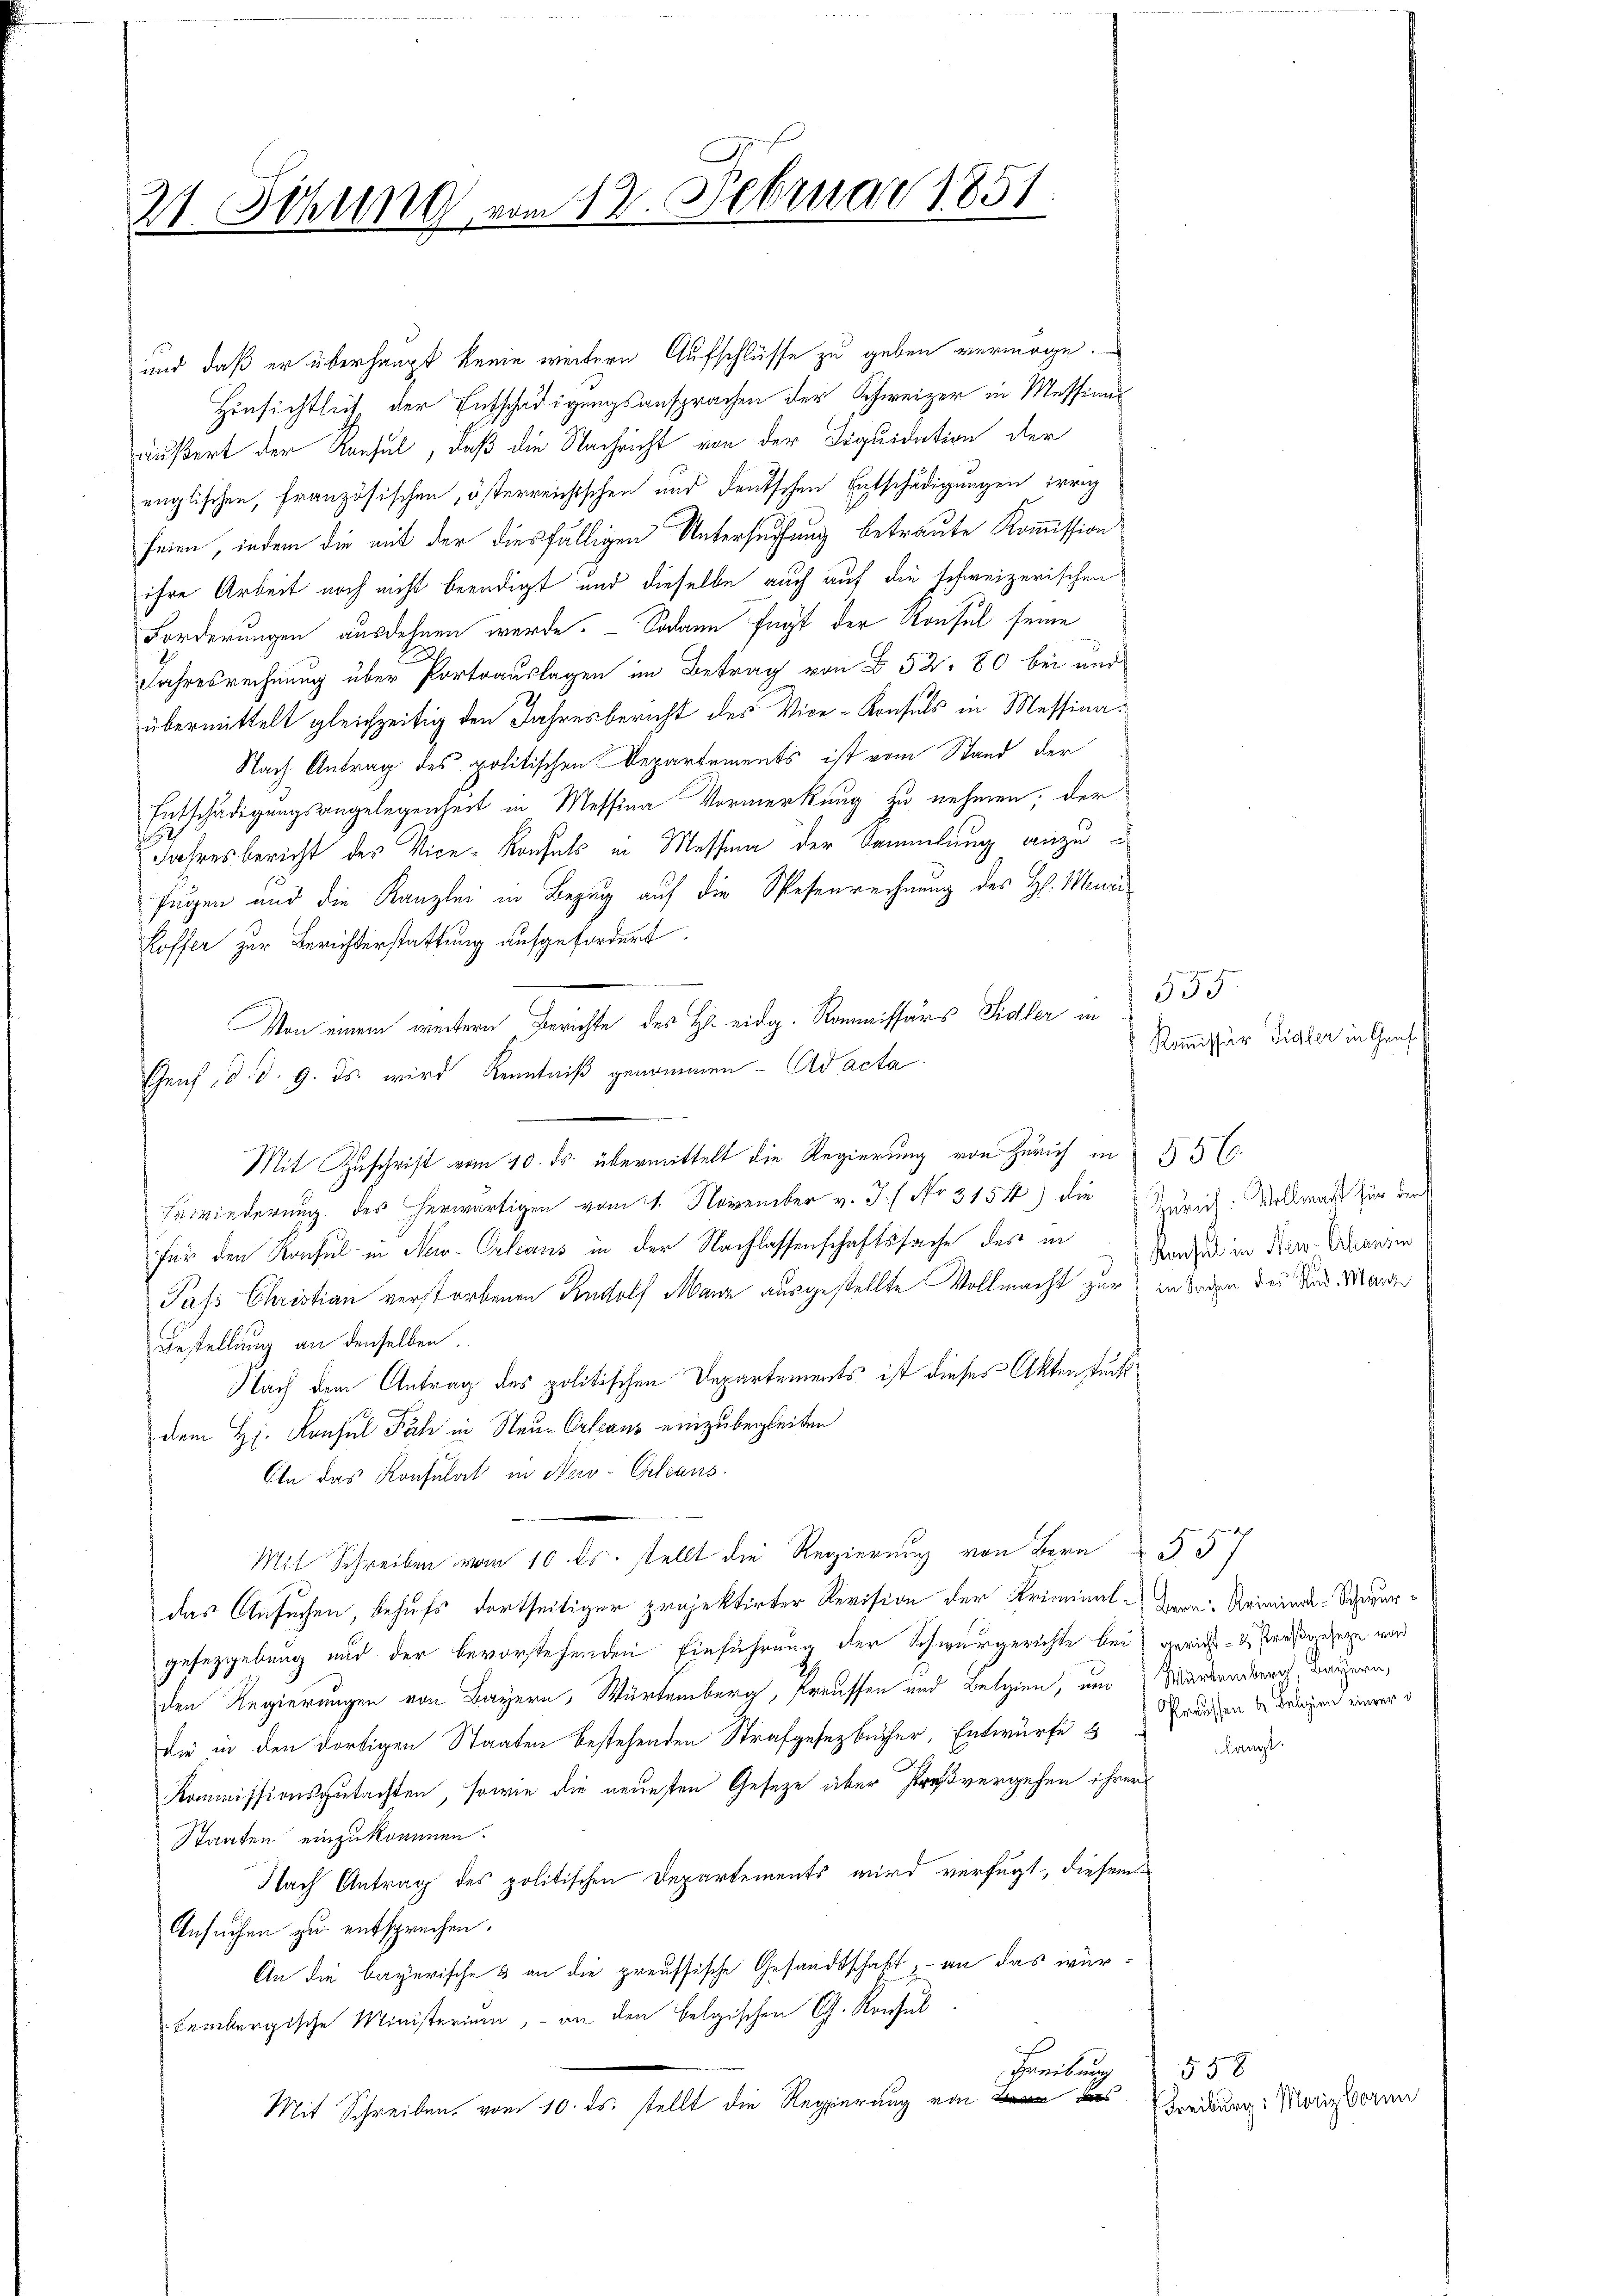
21. Othung vom 12. Februar 1851.

und daß er überhaupt keine weitern Aufschlüsse zu geben vermöge.
Hinsichtlich, der Entschädigungsansprachen der Schweizer in Messinns
äußert der Konsul, daß die Nachricht von der Liquidation der
englischen, französischen, österreichtschen und deutschen Entschädigungen irrig
seien, indem die mit der diesfälligen Untersuchung betraute Kommission
ihre Arbeit noch nicht beendigt und dieselbe auch auf die schweizerischen
Forderungen ausdehnen werde. Sodann fügt der Konsul seine
Jahresrechnung über Portoauslagen im Betrag von § 52. 80 bei und
übermittelt gleichzeitig den Jahresbericht des Vice-Konsuls in Messina¬
Nach Antrag des politischen Departements ist vom Stand der
Entschädigungsangelegenheit in Messina Vormerkung zu nehmen; der
6
Jahresbericht des Vice-Konfels in Messina der Sammlung anzufügen und die Kanzlei in Bezug auf die Spesenrechnung des H. Meuri
Koffer zur Berichterstattung aufgefordert.
Von einem weitern Berichte des H. eidg. Kommissärs Sidler in
Genf, d. d. 9. ds. wird Kenntniß genommen - acta
Mit Zuschrift vom 10. ds. übermittelt die Regierung von Zürich in § 5 (
Erwiederung des herwärtigen vom 1. November v. J. ( No 3154) die
für den Konsul in New-Orleaus in der Nachlassenschaftssache des in
Pass Christian verstorbenen Rudolf Manz ausgestellte Vollmacht zur in Baden der das Morde
Bestellung an denselben.
Nach dem Antrag des politischen Departements ist dieses Akten suchsdem H. Konsul Fäh in Neu-Orleans einzubegleiten
Aln das Konsulat in New-Orleans
Mit Schreiben vom 10. ds. stellt die Regierung von Bern § 57
das Ansuchen, behufs dortseitiger projektirter Revision der Kriminal-Bern. Kriminal-Schwurgefezgebung und der bevorstehenden Einführung der Schwurgerichte bei gericht - es resanzen von
den Regierungen von Bayern, Würtemberg, Preussen und Belgien, um Mandenburg, Bauern,
die in den dortigen Staaten bestehenden Strafgesetzbücher, Entwürfe & Gränzen beigen einer
Kommissionsgutachten, sowie die neuesten Geseze über Großvergehen ihrer
Staaten einzukommen.
Nach Antrag des politischen Departements wird verfügt, diesem
Ansuchen zu entsprechen.
An die bayerische 3 an die preussische Gesandtschaft, an das würtembergische Ministerium, - an den belgischen G. Konsul
Geenbruch
Mit Schreiben vom 10. ds. stellt die Regierung von des

535
Kommissär Fidler in Genf

Zürich. Wellereit für die
Konsul in New-Erhausin

Kringt.

558
Freiburg: Moriz born